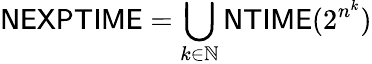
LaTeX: {\mathsf{NEXPTIME}}=\bigcup_{k\in\mathbb{N}}{\mathsf{NTIME}}(2^{n^{k}})